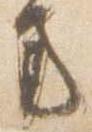
方